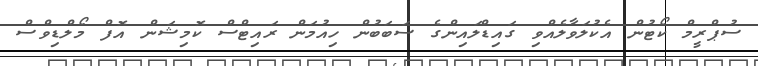
ސުޕްރީމް ކޯޓުން އެކުލަވާލެއްވި ގައިޑްލައިންގެ ސަބަބުން ހިއުމަން ރައިޓްސް ކޮމިޝަން އޮފް މޯލްޑިވްސް